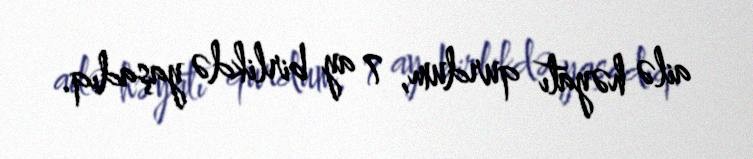
ailə həyatı qurdum, 7 ay birlikdə yaşadıq.